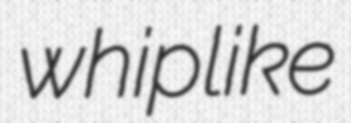
whiplike